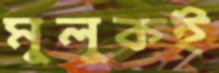
মুলুকই